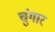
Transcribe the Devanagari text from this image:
चुंगार